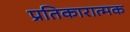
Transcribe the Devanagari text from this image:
प्रतिकारात्मक